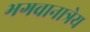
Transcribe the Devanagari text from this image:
भगवानात्रेय